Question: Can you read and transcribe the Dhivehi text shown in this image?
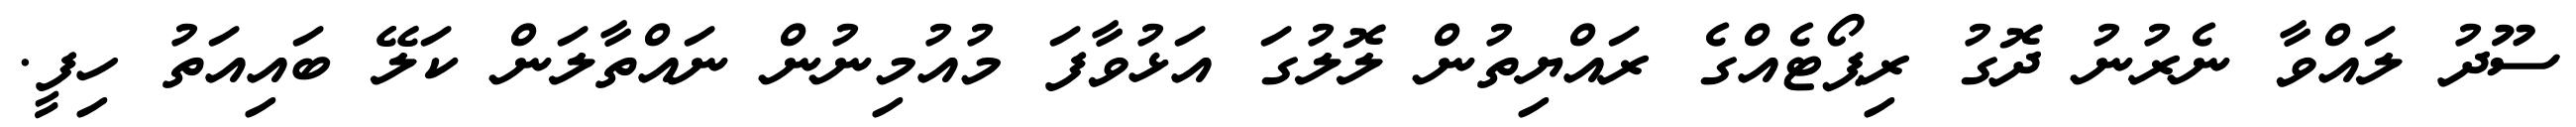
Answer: ސޫދު ލައްވާ ނެރުނު ދޮގު ރިޕޯޓެއްގެ ރައްޔިތުން ލޮލުގަ އަޅުވާފަ މުއުމިނުން ނައްތާލަން ކަލޭ ބައިއަތު ހިފީ.